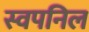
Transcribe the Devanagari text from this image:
स्वपनिल